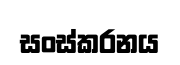
සංස්කරනය